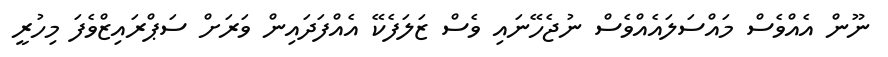
ނޫން އެއްވެސް މައްސަލައެއްވެސް ނުޖެހޭނައި ވެސް ޒަލަފެކޭ އެއްފަދައިން ވަރަށް ސަޕްރައިޒްވެފަ މިހުރީ